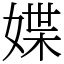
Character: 媟